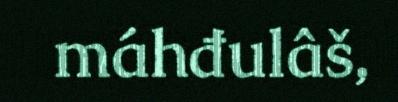
máhđulâš,